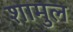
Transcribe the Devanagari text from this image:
शामुल